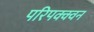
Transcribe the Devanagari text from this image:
परिपक्क्वन